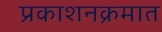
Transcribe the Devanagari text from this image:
प्रकाशनक्रमात